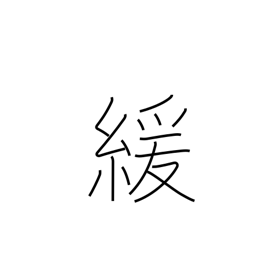
Meaning: loosen